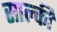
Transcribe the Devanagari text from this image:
साल्की